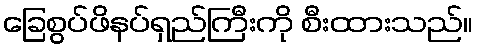
ခြေစွပ်ဖိနပ်ရှည်ကြီးကို စီးထားသည်။